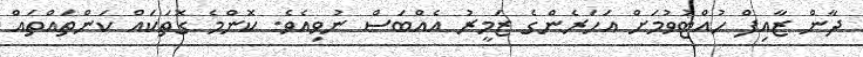
ދާން ޒާއިފް ހުއްޓުވުމަށް އަހަރެންގެ ޒަމީރު އެއްބަސް ނުވިއެވެ. ކޮންމެ ގޮތަކައް ކަންތައްތައް